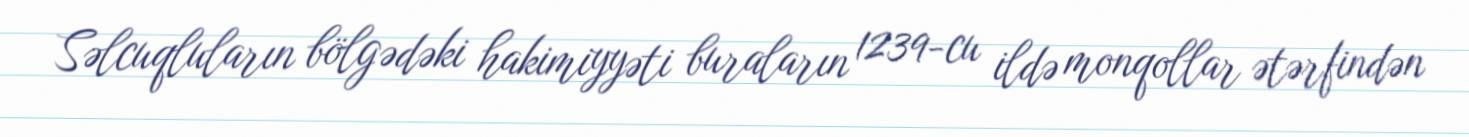
Səlcuqluların bölgədəki hakimiyyəti buraların 1239-cu ildə monqollar ətərfindən